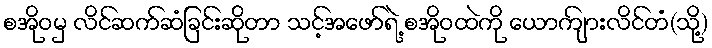
စအိုဝမှ လိင်ဆက်ဆံခြင်းဆိုတာ သင့်အဖော်ရဲ့ စအိုဝထဲကို ယောကျ်ားလိင်တံ(သို့)